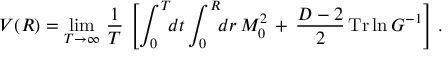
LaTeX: V ( R ) = \operatorname * { l i m } _ { T \rightarrow \infty } \, \frac { 1 } { T } \, \left[ \int _ { 0 } ^ { T } \! \! d t \int _ { 0 } ^ { R } \! \! d r \, M _ { 0 } ^ { 2 } \, + \, \frac { D - 2 } { 2 } \, \mathrm { T r } \ln G ^ { - 1 } \right] \, { . }